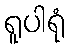
ရူပါရုံ